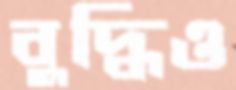
বুদ্ধিও